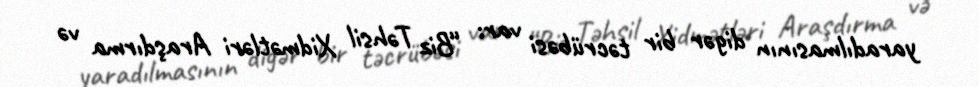
yaradılmasının digər bir təcrübəsi var: “Biz Təhsil Xidmətləri Araşdırma və